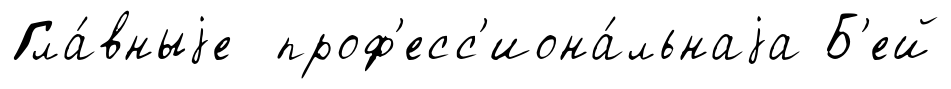
Гла́вныjе проф'есс'иона́льнаjа Б'ей